Madras plague regulations and rules for district municipalities and other towns and villages
Disease focus: Plague
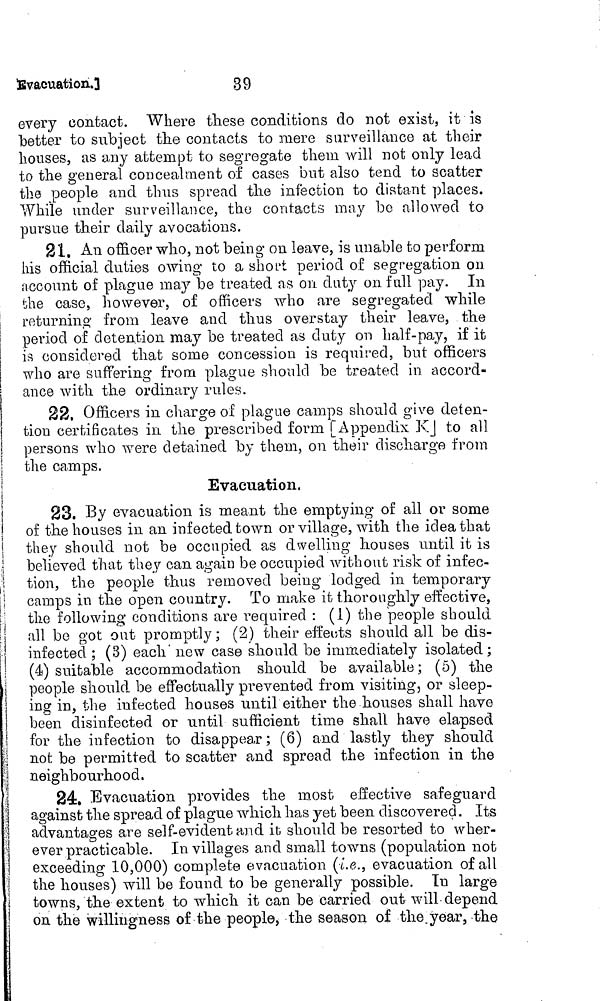
Evacuation.]
39
every contact. Where tliese conditions do not exist, it is
"better to subject the contacts to mere surveillance at their
houses, as any attempt to segregate them will not only lead
to the general concealment of cases but also tend to scatter
the people and thus spread the infection to distant places.
While under surveillance, the contacts may be allowed to
pursue their daily avocations.
21. An officer who, not being on leave, is unable to perform
his official duties owing to a short period of segregation on
account of plague may be treated as on duty on full pay. In
the case, however, of officers who are segregated while
returning from leave and thus overstay their leave, the
period of detention may be treated as duty on half-pay, if it
is considered that some concession is required, but officers
who are suffering from plague should be treated in accord-
ance with the ordinary rules.
22. Officers in charge of plague camps should give deten-
tion certificates in the prescribed form [Appendix KJ to all
persons who were detained by them, on their discharge from
the camps.
Evacuation,
23. By evacuation is meant the emptying of all or some
of the houses in an infected town or village, with the idea that
they should not be occupied as dwelling houses until it is
believed that they can again be occupied without risk of infec-
tion, the people thus removed being lodged in temporary
camps in the open country. To make it thoroughly effective,
the following conditions are required : (1) the people should
all be got out promptly ; (2) their effects should all be dis-
infected ; (3) each now case should be immediately isolated;
(4) suitable accommodation should be available; (5) the
people should, be effectually prevented from visiting, or sleep-
ing in, the infected houses until either the houses shall have
been disinfected or until sufficient time shall have elapsed
for the infection to disappear ; (6) and lastly they should
not be permitted to scatter and spread the infection in the
neighbourhood.
24. Evacuation provides the most effective safeguard
against the spread of plague which has yet been discovered. Its
advantages are self-evident and it should be resorted to wher-
ever practicable. In villages and small towns (population not
exceeding 10,000) complete evacuation (i.e., evacuation of all
the houses) will be found to be generally possible. In large
towns, the extent to which it can be carried out will depend
on the willingness of the people, the season of the year, the